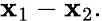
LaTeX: \mathbf{x}_{1}-\mathbf{x}_{2}.